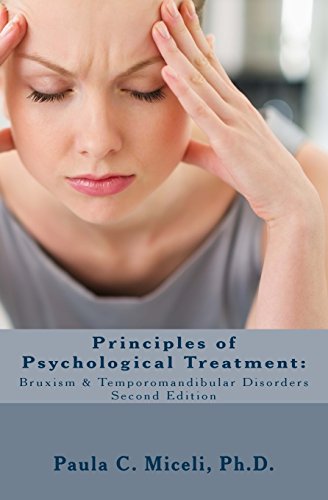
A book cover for Principles of Psychological Treatment: Bruxism & Temporomandibular Disorders: A Research-Based Guide; Paula C. Miceli; Medical Books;